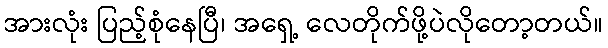
အားလုံး ပြည့်စုံနေပြီ၊ အရှေ့ လေတိုက်ဖို့ပဲလိုတော့တယ်။